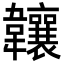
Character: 𬰰